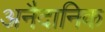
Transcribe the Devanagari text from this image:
अनैदानिक